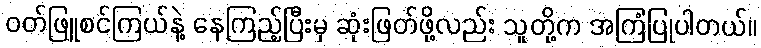
ဝတ်ဖြူစင်ကြယ်နဲ့ နေကြည့်ပြီးမှ ဆုံးဖြတ်ဖို့လည်း သူတို့က အကြံပြုပါတယ်။